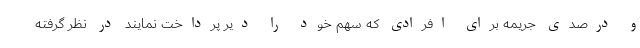
و درصدی جریمه برای افرادی که سهم خود را دیر پرداخت نمایند در نظر گرفته